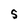
Character: S